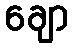
ချော